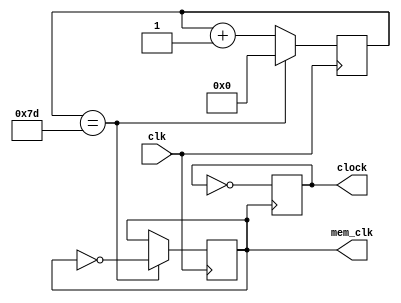
module clockdiv(clk,mem_clk,clock);
	input clk;
	output clock, mem_clk;
	reg clock, mem_clk;
	reg [10:0] counter;
	always @(posedge clk)
	begin
		counter <= counter + 1;
		if (counter==125)
		begin
			mem_clk <= ~mem_clk;
			counter <= 0;
		end
	end
		
	always @(posedge mem_clk)
	begin
		clock <= ~clock;
	end
endmodule